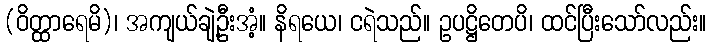
(ဝိတ္ထာရေမိ)၊ အကျယ်ချဲ့ဦးအံ့။ နိရယေ၊ ငရဲသည်။ ဥပဋ္ဌိတေပိ၊ ထင်ပြီးသော်လည်း။